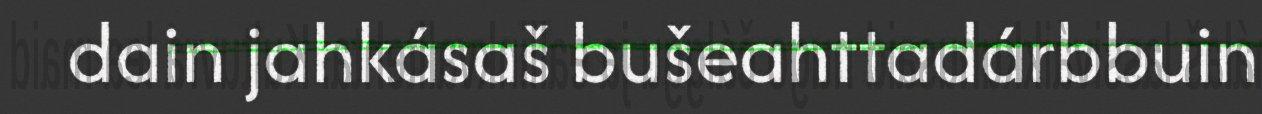
dain jahkásaš bušeahttadárbbuin